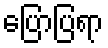
ပြောပြရာ